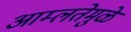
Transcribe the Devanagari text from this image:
आम्लतेमुळे